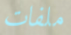
ملفات